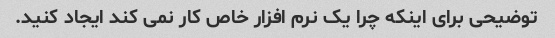
توضیحی برای اینکه چرا یک نرم افزار خاص کار نمی کند ایجاد کنید.